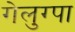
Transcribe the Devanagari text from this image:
गेलुग्पा